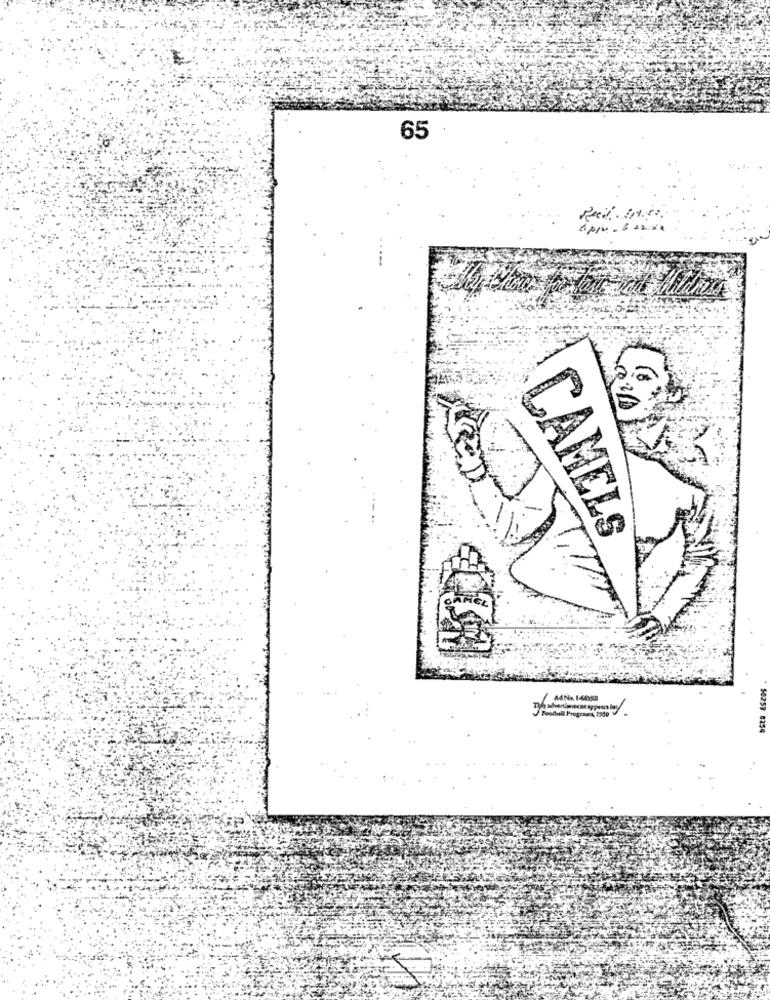
65
Red Ine.
LAMELS
50259 8254